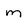
Character: m